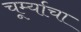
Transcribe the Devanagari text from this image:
चूर्म्याचा